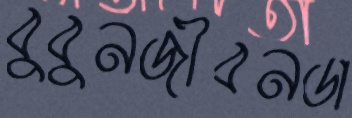
বুবুনজীবনডা